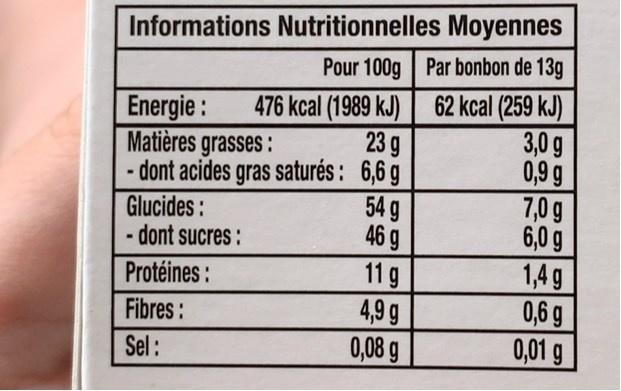
Informations Nutritionnelles Moyennes Pour 100g Par bonbon de 13g
476 kcal (1989 kJ) | 62 kcal (259 kJ) 3,0 g 0,9 g 7,0 g 6,0 g 1,4 g 0,6 g 0,01 g
Energie : Matières grasses: dont acides gras saturés : 6,6 g
23 9
Glucides: - dont sucres :
549 46 g
11 g 4,9 g 0,08 g
Protéines :
Fibres :
Sel :